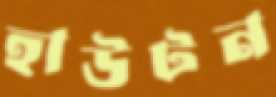
হাউটন